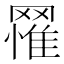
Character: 𦌐